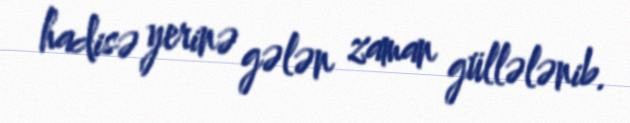
hadisə yerinə gələn zaman güllələnib.